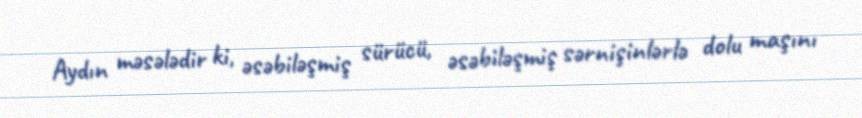
Aydın məsələdir ki, əsəbiləşmiş sürücü, əsəbiləşmiş sərnişinlərlə dolu maşını